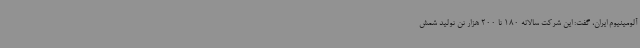
آلومینیوم ایران، گفت: این شرکت سالانه 180 تا 200 هزار تن تولید شمش